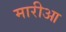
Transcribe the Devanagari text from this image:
मारीआ